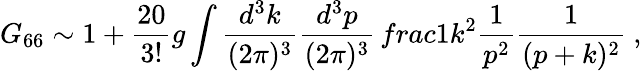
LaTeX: G_{66}\sim 1+\frac{20}{3!}g\int\frac{d^{3}k}{(2\pi)^{3}}\frac{d^{3}p}{(2\pi)^{3}}\, frac{1}{k^{2}}\frac{1}{p^{2}}\frac{1}{(p+k)^{2}}~,